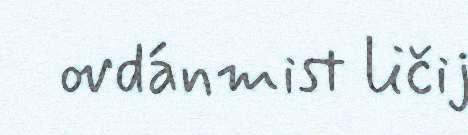
ovdánmist ličij